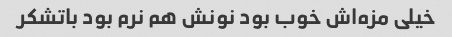
خیلی مزه‌اش خوب بود نونش هم نرم بود باتشکر